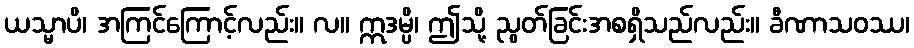
ယသ္မာပိ၊ အကြင်ကြောင့်လည်း။ လ။ ဣဒမ္ပိ၊ ဤသို့ ညွတ်ခြင်းအစရှိသည်လည်း။ ခီဏာသဝဿ၊